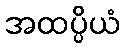
အထပ္ပိယံ